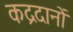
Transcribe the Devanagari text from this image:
कद्रदानों